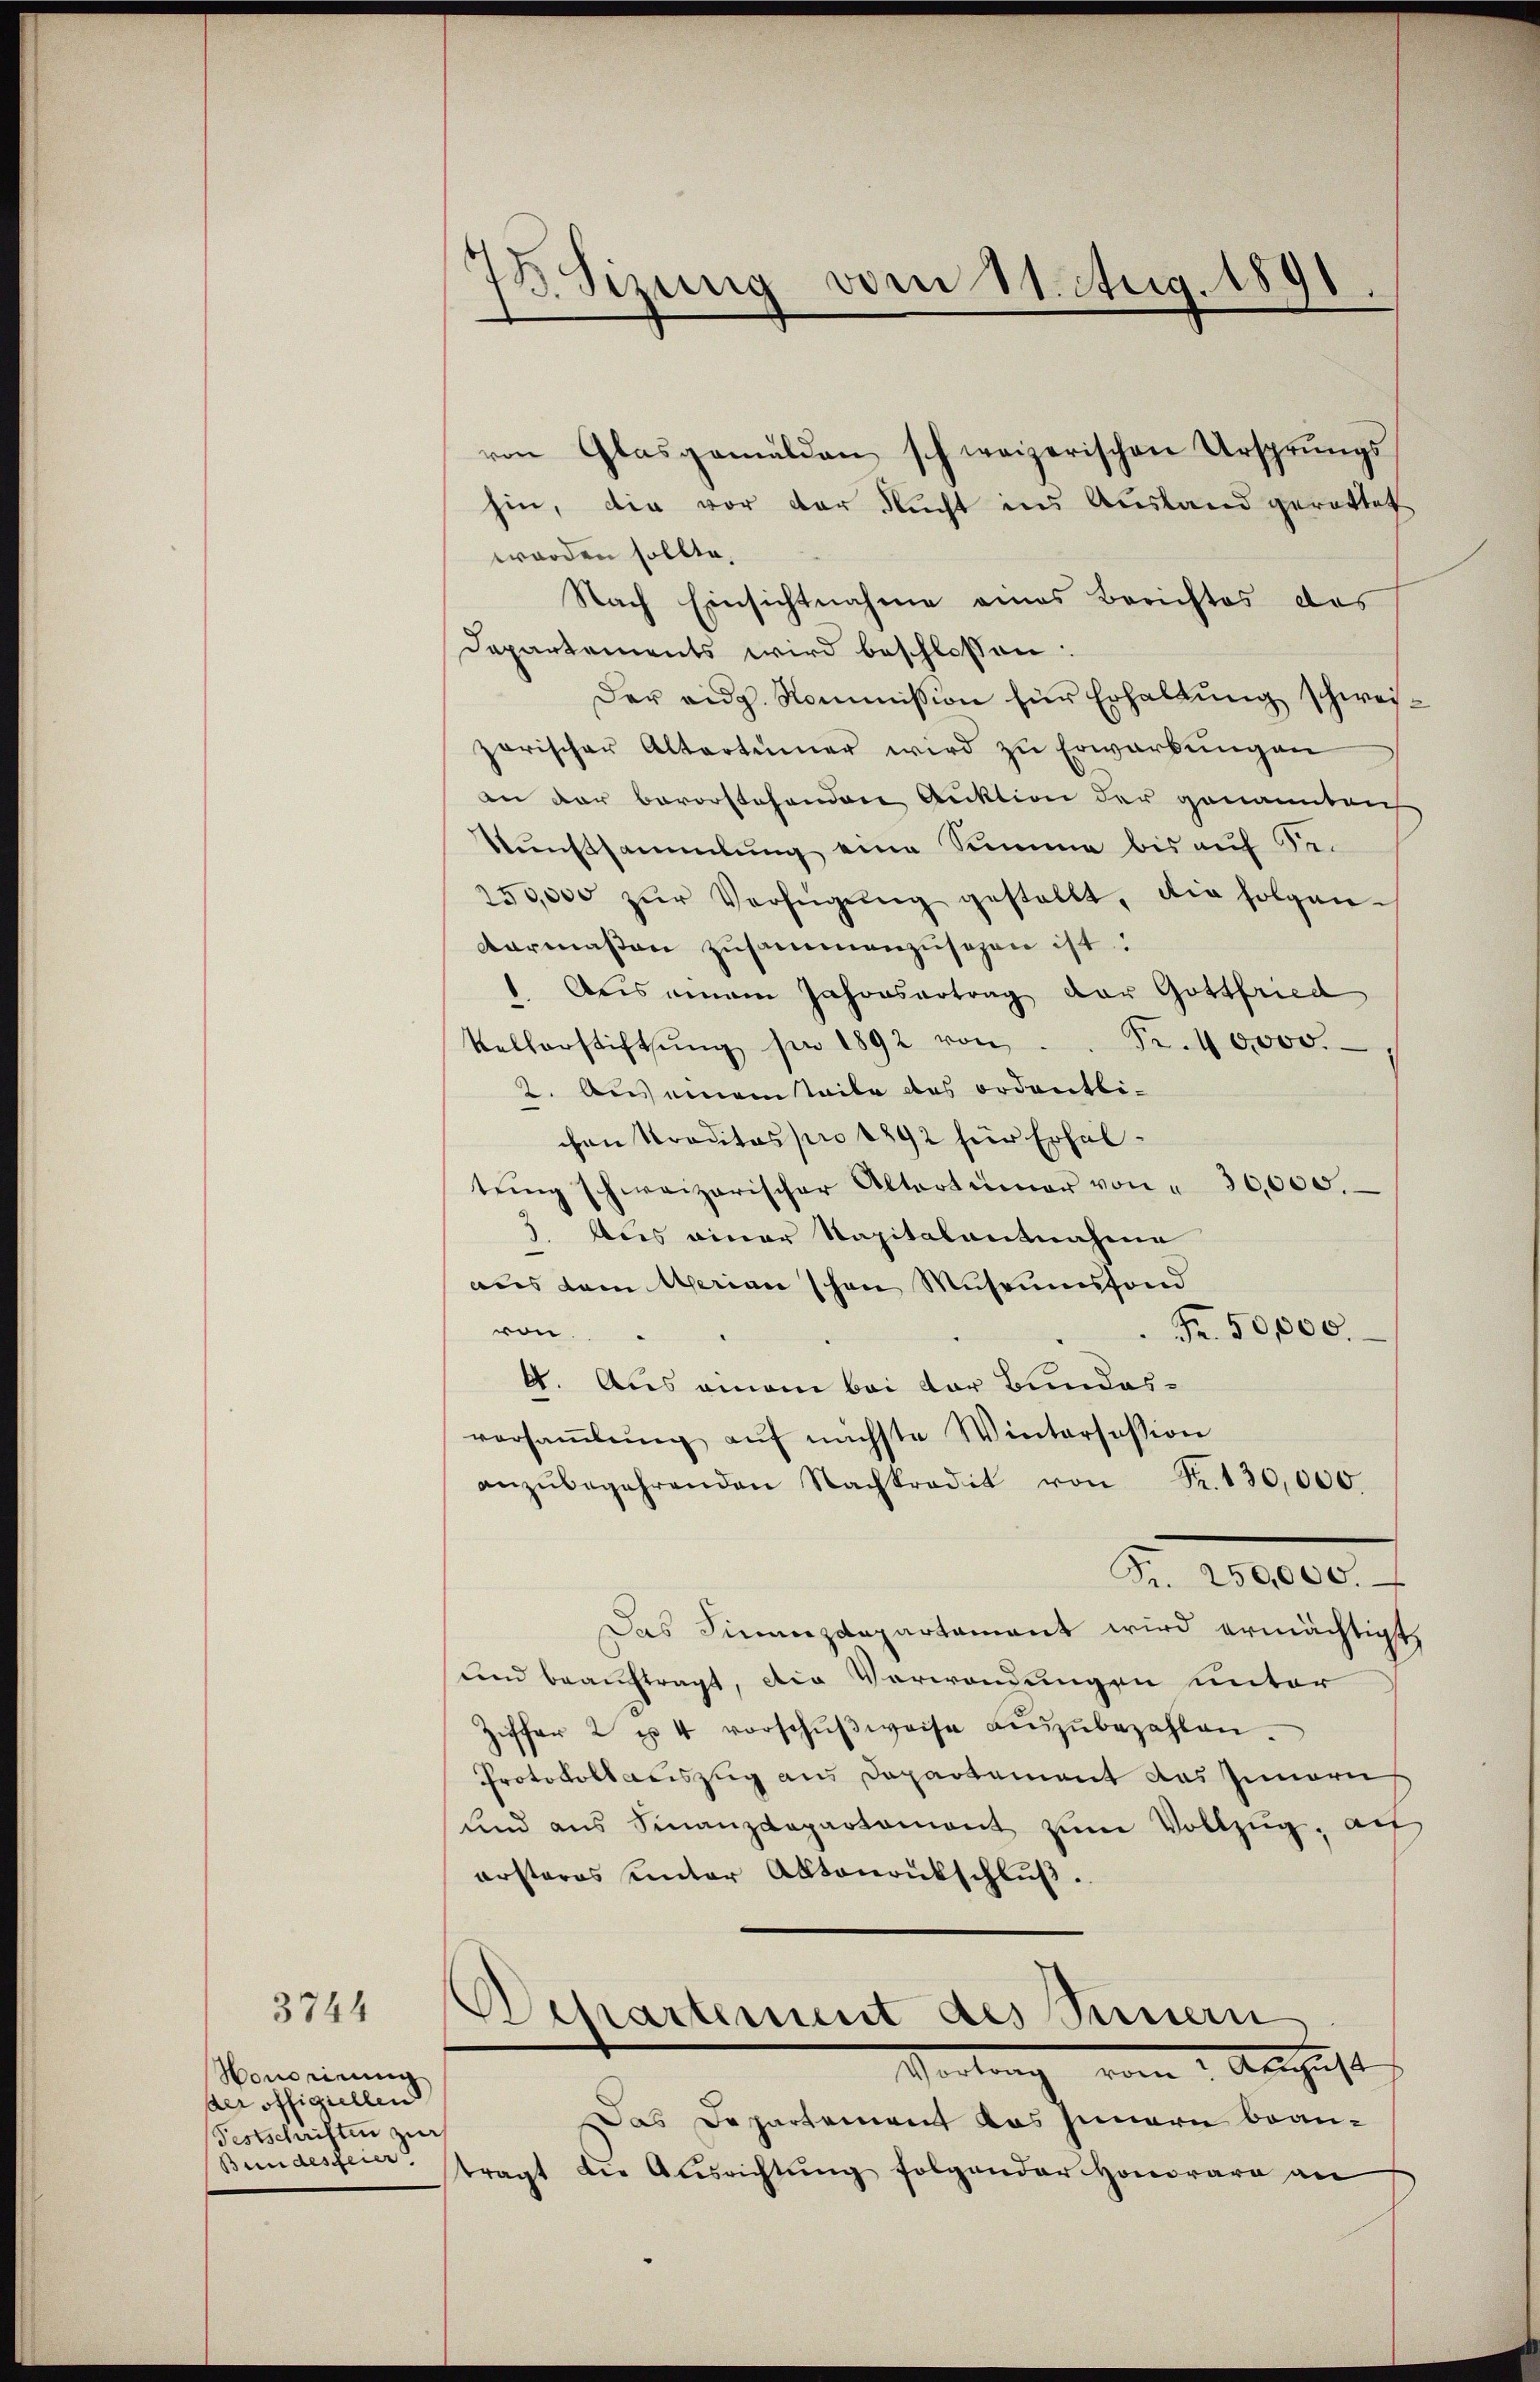
3744

Honorirung
der offigiellen
Festschriften zur
Bundesfeier

78. Sizung vom 11. Aug. 1891.

von Glasgemälden schweizerischen Ursprungs-
hin, die vor der Rucht ins Ausland gerattet
worden sollte.
Nach Einsichtnahme eines Berichtes das
Departements wird beschlossen:
Der eidg. Kommission für Erhaltung schweizorischer Altertümer wird zu Erwarbungen
an der bevorstehenden Auktion der genannten
Kunstsammlung eine Summe bis auf Sei
150,000 zŭr Verfügŭng gestellt, die folgenvermaßen zusammenzusehen ist.
1. Aus einem Jahresertrag der Gottfried
Fr. 40,000.
Kellerstiftŭng pr 1892 von
2. Aus einem teile das ordentlichen Kreditas pro 1892 für Erhaltŭng schweizerischer Altertümer von " 30,000.
3. Als einer Kapitalantnahme
aus dem Merian schon Museumsfond
ven.
Fr. 50,000.
4. Aus einem bei der Bundesversaṁlŭng aŭf nächste Wintersession
anzŭbegehrenden Nachkredit von Fr. 130,000.
Fr. 250,000.
Das Sinanzdepartamant wird ermächtigt,
und beauftragt, die Verwendungen unter
Ziffer 2 u. 4 vorschŭβweise anzŭbezahlen.
Protokollauszug aus Departement das Innern
und ans Finanzdepartament zŭm Vollzŭg. au
ersteres unter Aktenrütschluß.
Departement des Sinnern
Vertrag vom 1. August
Das Departement das Innern beantragt die Ausrichtŭng folgender Honorare an